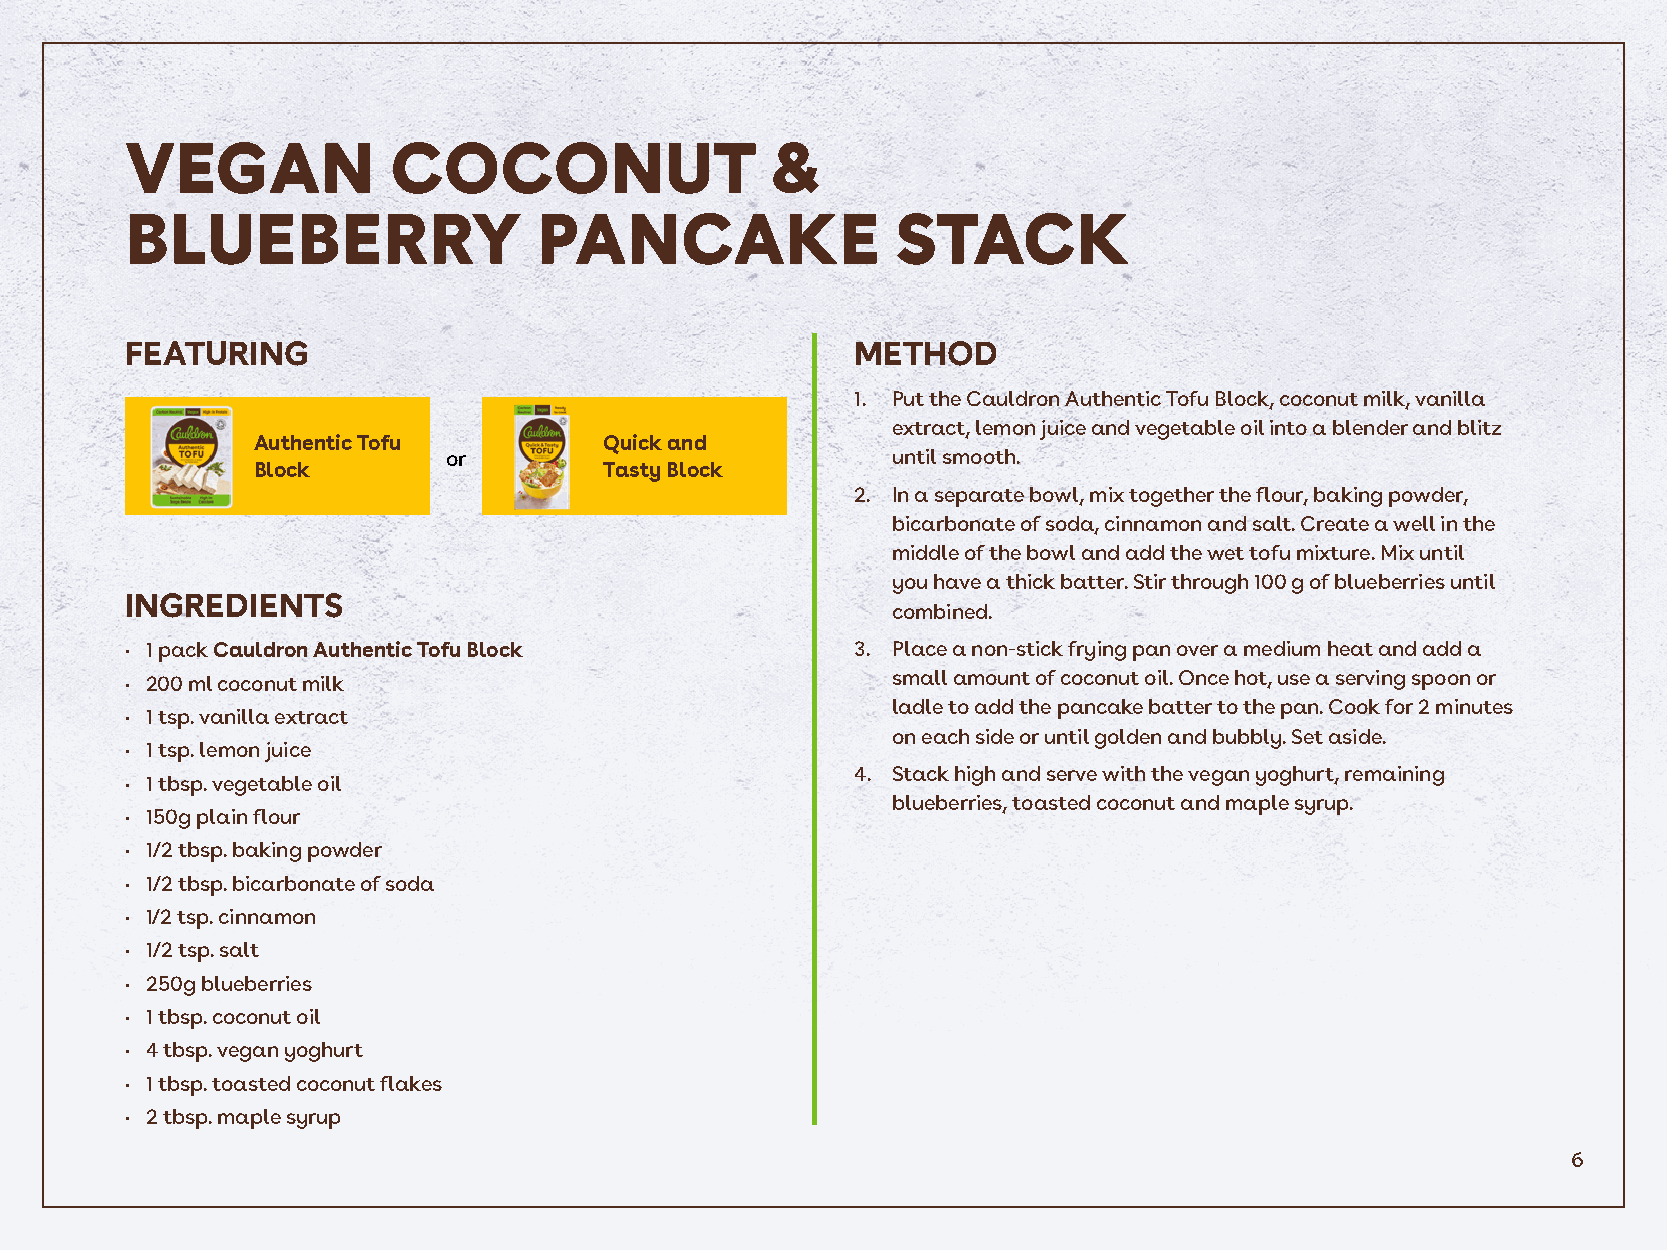
VEGAN             COCONUT                  &
 BLUEBERRY                   PANCAKE                STACK
 FEATURING                                        METHOD
 1. Put the Cauldron Authentic Tofu Block, coconut milk, vanilla
 extract, lemon juice and vegetable oil into a blender and blitz
 Authentic Tofu         Quick and
 or                           until smooth.
 Block                  Tasty Block
 2. In a separate bowl, mix together the flour, baking powder,
 bicarbonate of soda, cinnamon and salt. Create a well in the
 middle of the bowl and add the wet tofu mixture. Mix until
 you have a thick batter. Stir through 100 g of blueberries until
 INGREDIENTS
 combined.
 • 1 pack Cauldron Authentic Tofu Block           3. Place a non-stick frying pan over a medium heat and add a
 • 200 ml coconut milk                              small amount of coconut oil. Once hot, use a serving spoon or
 ladle to add the pancake batter to the pan. Cook for 2 minutes
 • 1 tsp. vanilla extract
 on each side or until golden and bubbly. Set aside.
 • 1 tsp. lemon juice
 4. Stack high and serve with the vegan yoghurt, remaining
 • 1 tbsp. vegetable oil
 blueberries, toasted coconut and maple syrup.
 • 150g plain flour
 • 1/2 tbsp. baking powder
 • 1/2 tbsp. bicarbonate of soda
 • 1/2 tsp. cinnamon
 • 1/2 tsp. salt
 • 250g blueberries
 • 1 tbsp. coconut oil
 • 4 tbsp. vegan yoghurt
 • 1 tbsp. toasted coconut flakes
 • 2 tbsp. maple syrup
 6